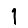
Digit: 1